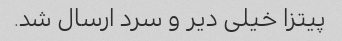
پیتزا خیلی دیر و سرد ارسال شد.